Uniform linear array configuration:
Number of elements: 32
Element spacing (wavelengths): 1
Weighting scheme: uniform
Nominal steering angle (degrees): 0
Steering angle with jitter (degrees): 1.594
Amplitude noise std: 0.05
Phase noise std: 0.05

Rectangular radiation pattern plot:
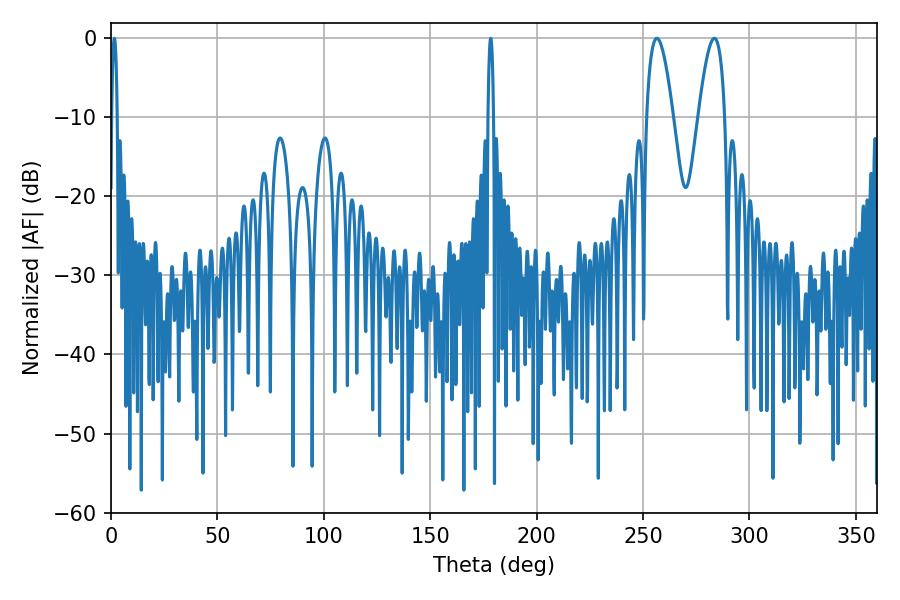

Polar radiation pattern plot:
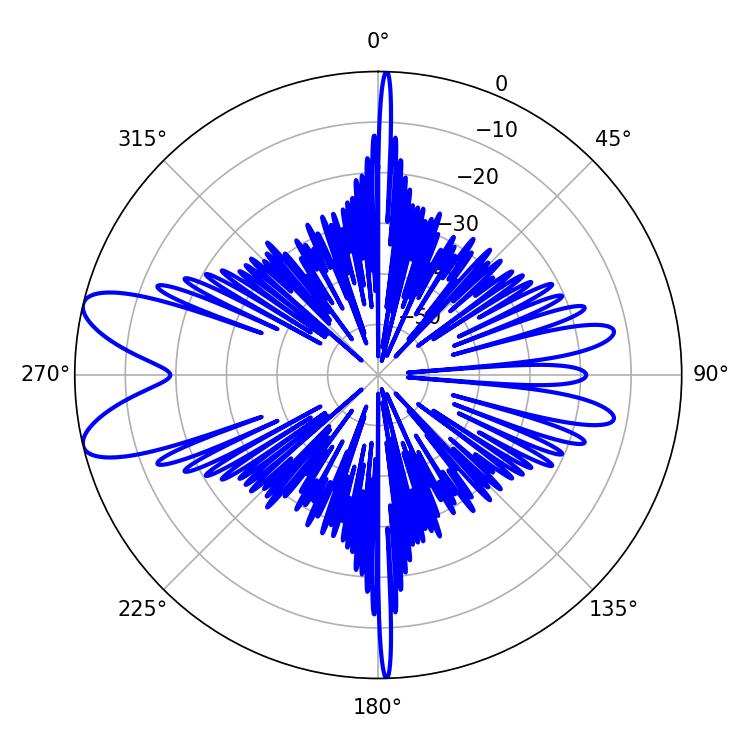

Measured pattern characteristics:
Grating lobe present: TRUE
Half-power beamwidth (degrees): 6.66
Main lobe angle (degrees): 256.5